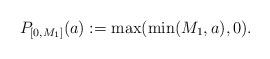
LaTeX: \begin{align*}P_{[0,M_1]} (a) := \max(\min( M_1, a ),0).\end{align*}